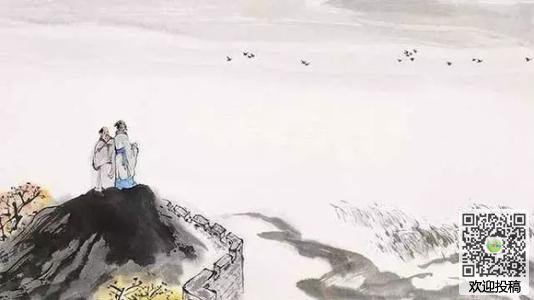
世间无限丹青手，一片伤心画不成。